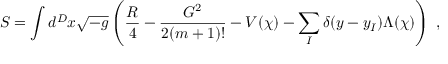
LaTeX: S = \int d ^ { D } x \sqrt { - g } \left( \frac { R } { 4 } - \frac { G ^ { 2 } } { 2 ( m + 1 ) ! } - V ( \chi ) - \sum _ { I } \delta ( y - y _ { I } ) \Lambda ( \chi ) \right) \; ,